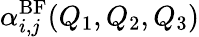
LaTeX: \alpha_{i,j}^{\mathrm{BF}}(Q_{1},Q_{2},Q_{3})